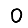
Digit: 0